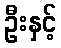
ဦးနှင့်